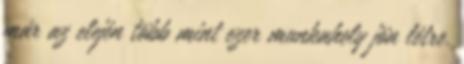
már az elején több mint ezer munkahely jön létre.